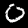
Digit: 0